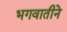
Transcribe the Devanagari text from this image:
भगवातीने